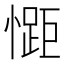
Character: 𭞯